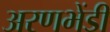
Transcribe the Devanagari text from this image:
अरणभेंडी